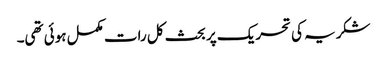
شکریہ کی تحریک پر بحث کل رات مکمل ہوئی تھی۔